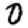
Digit: 0